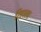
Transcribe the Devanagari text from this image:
रिहाला